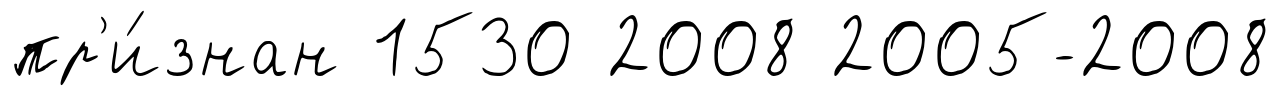
пр'и́знан 1530 2008 2005-2008